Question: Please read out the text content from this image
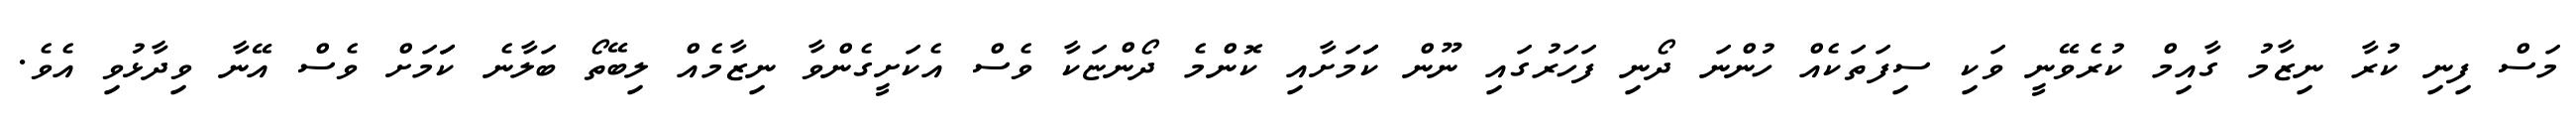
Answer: މަސް ފިނި ކުރާ ނިޒާމު ގާއިމް ކުރެވޭނީ ވަކި ސިފަތަކެއް ހުންނަ ދޯނި ފަހަރުގައި ނޫން ކަަމަށާއި ކޮންމެ ދޯންޏަކާ ވެސް އެކަށީގެންވާ ނިޒާމެއް ލިބޭތޯ ބަލާނެ ކަަމަށް ވެސް އޭނާ ވިދާޅުވި އެވެ.